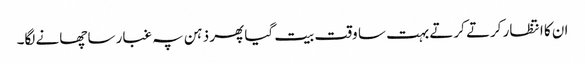
ان کا انتظار کرتے کرتے بہت سا وقت بیت گیا پھر ذہن پہ غبار سا چھانے لگا۔